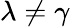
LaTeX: \lambda\ne\gamma